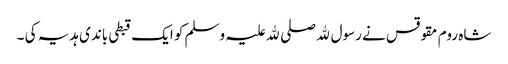
شاہ روم مقوقس نے رسول ﷲ صلی ﷲ علیہ وسلم کو ایک قبطی باندی ہدیہ کی ۔